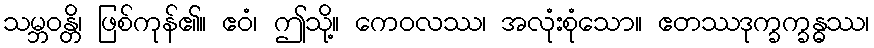
သမ္ဘဝန္တိ၊ ဖြစ်ကုန်၏။ ဧဝံ၊ ဤသို့။ ကေဝလဿ၊ အလုံးစုံသော။ ဧတဿဒုက္ခက္ခန္ဓဿ၊